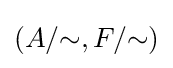
(A/{\sim },F/{\sim })